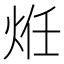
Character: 𭴞